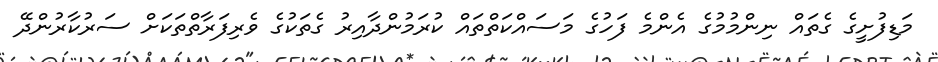
މަޑިފުށީގެ ގެތައް ނިންމުމުގެ އެންމެ ފަހުގެ މަސައްކަތްތައް ކުރަމުންދާއިރު ގެތަކުގެ ވެރިފަރާތްތަކަށް ސަރުކާރުންދޭ